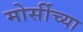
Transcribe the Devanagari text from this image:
मोर्सीच्या